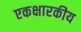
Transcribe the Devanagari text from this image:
एकक्षारकीय